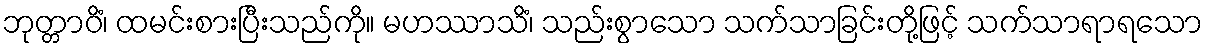
ဘုတ္တာဝိံ၊ ထမင်းစားပြီးသည်ကို။ မဟဿာသိံ၊ သည်းစွာသော သက်သာခြင်းတို့ဖြင့် သက်သာရာရသော